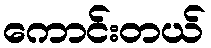
ကောင်းတယ်